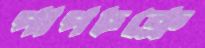
পাপচক্রে